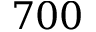
7 0 0